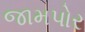
જામપોર